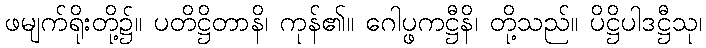
ဖမျက်ရိုးတို့၌။ ပတိဋ္ဌိတာနိ၊ ကုန်၏။ ဂေါပ္ဖကဋ္ဌီနိ၊ တို့သည်။ ပိဋ္ဌိပါဒဋ္ဌီသု၊